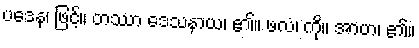
ပဒေန၊ ဖြင့်။ တဿာ ဒေသနာယ၊ ၏။ ဖလံ၊ ကို။ အာဟ၊ ၏။